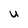
Character: U